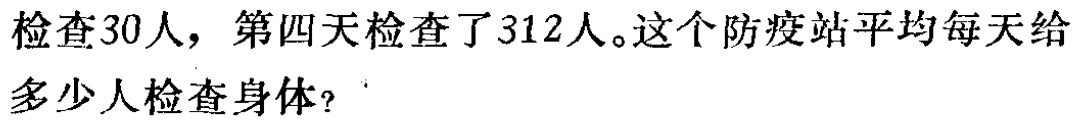
检查30人，第四天检查了312人。这个防疫站平均每天给多少人检查身体？